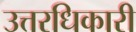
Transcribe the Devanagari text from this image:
उत्तरधिकारी